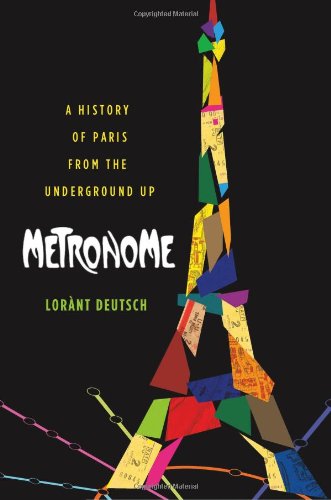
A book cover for Metronome: A History of Paris from the Underground Up; LorÃ nt Deutsch; Engineering & Transportation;